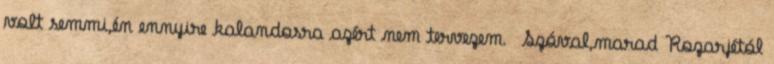
volt semmi,én ennyire kalandosra azért nem tervezem. Szóval,marad Rozarjétól